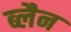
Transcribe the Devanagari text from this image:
ब्लैन